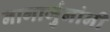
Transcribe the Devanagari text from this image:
नागार्जुनांनी